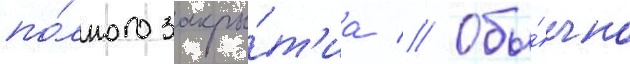
по́лного закры́т'иа // Обы́чно